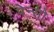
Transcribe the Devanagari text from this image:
पेन्सो